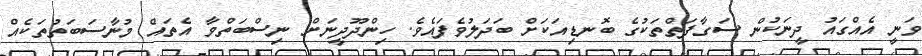
ވަނީ އެއްގައު ދީނަކުން ސަގާފަތްތަކުގެ ބޮނޑިއަކަށް ބަދަލުވެފައެވެ. ހިންދޫދީނަށް ނިސްބަތްވާ އެތައް މުނާސަބަތުތަކެއް